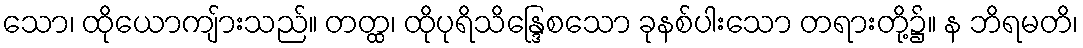
သော၊ ထိုယောကျ်ားသည်။ တတ္ထ၊ ထိုပုရိသိန္ဒြေစသော ခုနစ်ပါးသော တရားတို့၌။ န ဘိရမတိ၊